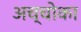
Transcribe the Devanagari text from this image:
अच्चोका